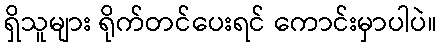
ရှိသူများ ရိုက်တင်ပေးရင် ကောင်းမှာပါပဲ။